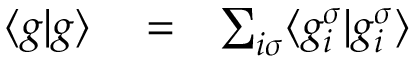
\begin{array} { r l r } { \langle g | g \rangle } & { { } = } & { \sum _ { i \sigma } \langle g _ { i } ^ { \sigma } | g _ { i } ^ { \sigma } \rangle } \end{array}